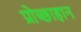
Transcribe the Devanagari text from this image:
प्रोच्छाहान